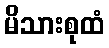
မိသားစုထံ